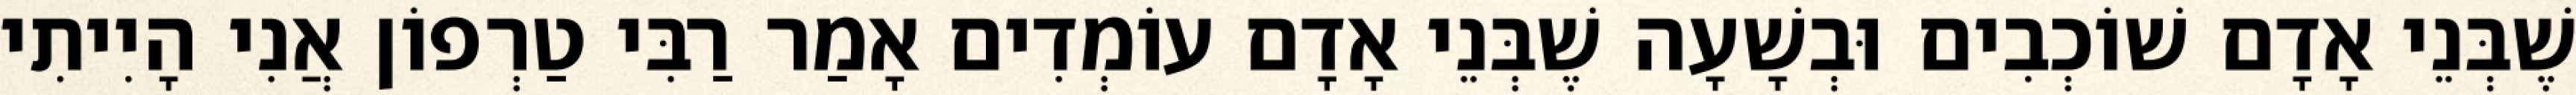
שֶׁבְּנֵי אָדָם שׁוֹכְבִים וּבְשָׁעָה שֶׁבְּנֵי אָדָם עוֹמְדִים אָמַר רַבִּי טַרְפוֹן אֲנִי הָיִיתִי